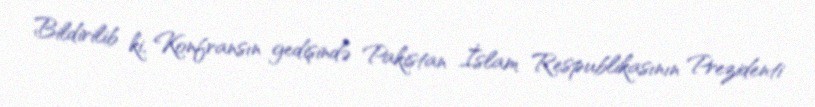
Bildirilib ki, Konfransın gedişində Pakistan İslam Respublikasının Prezidenti